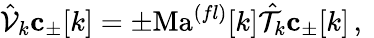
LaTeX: \hat{\mathcal{V}}_{k}\mathbf{c}_{\pm}[k]=\pm\mathrm{Ma}^{(fl)}[k]\hat{\mathcal{T}}_{k}\mathbf{c}_{\pm}[k]\, ,\